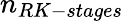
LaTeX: n_{RK-stages}